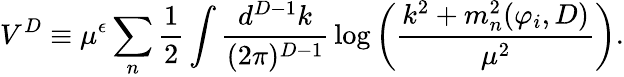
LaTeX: V^{D}\equiv\mu^{\epsilon}\sum_{n}{\frac{1}{2}}\int{\frac{d^{D-1}k}{(2\pi)^{D-1}}}\log\left({\frac{k^{2}+m_{n}^{2}(\varphi_{i},D)}{\mu^{2}}}\right).